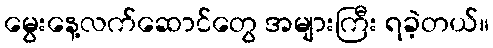
မွေးနေ့လက်ဆောင်တွေ အများကြီး ရခဲ့တယ်။